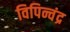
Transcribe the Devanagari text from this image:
विपिन्चंद्र